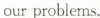
our problems.